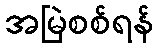
အမြဲစစ်ရန်